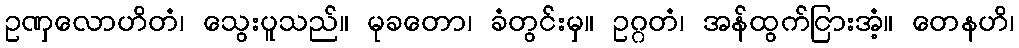
ဥဏှလောဟိတံ၊ သွေးပူသည်။ မုခတော၊ ခံတွင်းမှ။ ဥဂ္ဂတံ၊ အန်ထွက်ငြားအံ့။ တေနဟိ၊